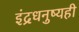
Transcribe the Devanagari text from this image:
इंद्रधनुष्यही